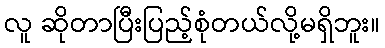
လူ ဆိုတာပြီးပြည့်စုံတယ်လို့မရှိဘူး။